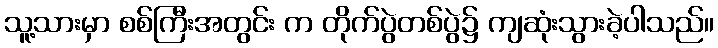
သူ့သားမှာ စစ်ကြီးအတွင်း က တိုက်ပွဲတစ်ပွဲ၌ ကျဆုံးသွားခဲ့ပါသည်။